Indian journal of veterinary science and animal husbandry - Volume 9,
Year: 1939
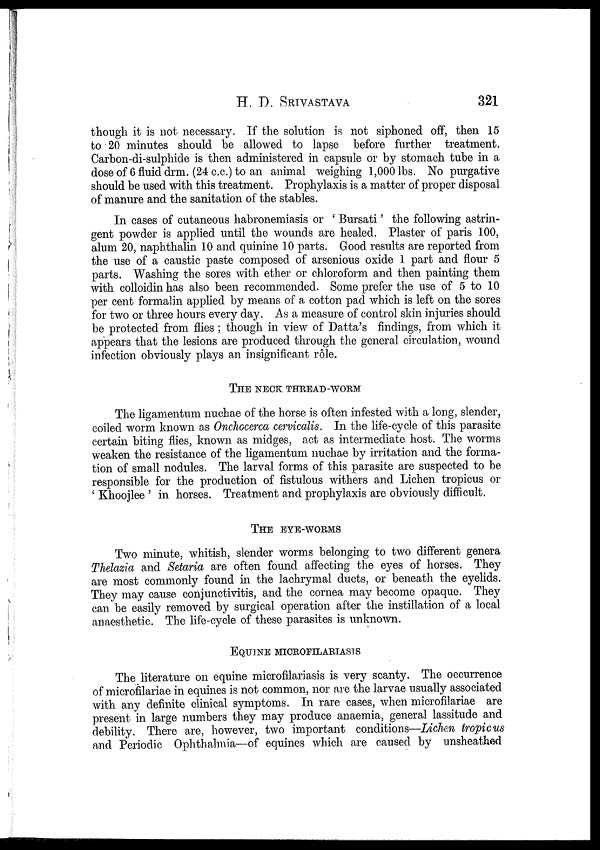
H.
D.
SRIVASTAVA
321
though it is not necessary. If the solution is not siphoned off, then 15
to 20 minutes should be allowed to lapse before further treatment.
Carbon-di-sulphide is then administered in capsule or by stomach tube in a
dose of 6 fluid drm. (24 c.c.) to an animal weighing 1,000 lbs. No purgative
should be used with this treatment. Prophylaxis is a matter of proper disposal
of manure and the sanitation of the stables.
In cases of cutaneous habronemiasis or ' Bursati' the following astrin-
gent powder is applied until the wounds are healed. Plaster of paris 100,
alum 20, naphthalin 10 and quinine 10 parts. Good results are reported from
the use of a caustic paste composed of arsenious oxide 1 part and flour 5
parts. Washing the sores with ether or chloroform and then painting them
with colloidin has also been recommended. Some prefer the use of 5 to 10
per cent formalin applied by means of a cotton pad which is left on the sores
for two or three hours every day. As a measure of control skin injuries should
be protected from flies ; though in view of Datta's findings, from which it
appears that the lesions are produced through the general circulation, wound
infection obviously plays an insignificant rôle.
THE NECK THREAD-WORM
The ligamentum nuchae of the horse is often infested with a long, slender,
coiled worm known as Onchocerca cervicalis. In the life-cycle of this parasite
certain biting flies, known as midges, act as intermediate host. The worms
weaken the resistance of the ligamentum nuchae by irritation and the forma-
tion of small nodules. The larval forms of this parasite are suspected to be
responsible for the production of fistulous withers and Lichen tropicus or
' Khoojlee ' in horses. Treatment and prophylaxis are obviously difficult.
THE EYE-WORMS
Two minute, whitish, slender worms belonging to two different genera
Thelazia and Setaria are often found affecting the eyes of horses. They
are most commonly found in the lachrymal ducts, or beneath the eyelids.
They may cause conjunctivitis, and the cornea may become opaque. They
can be easily removed by surgical operation after the instillation of a local
anaesthetic. The life-cycle of these parasites is unknown.
EQUINE MICROFILARIASIS
The literature on equine microfilariasis is very scanty. The occurrence
of microfilariae in equines is not common, nor are the larvae usually associated
with any definite clinical symptoms. In rare cases, when microfilariae are
present in large numbers they may produce anaemia, general lassitude and
debility. There are, however, two important conditions—Lichen tropicus
and Periodic Ophthalmia—of equines which are caused by unsheathed